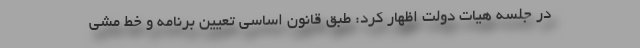
در جلسه هیات دولت اظهار کرد: طبق قانون اساسی تعیین برنامه و خط مشی